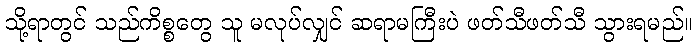
သို့ရာတွင် သည်ကိစ္စတွေ သူ မလုပ်လျှင် ဆရာမကြီးပဲ ဖတ်သီဖတ်သီ သွားရမည်။